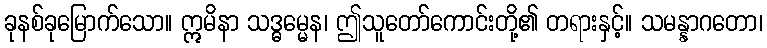
ခုနစ်ခုမြောက်သော။ ဣမိနာ သဒ္ဓမ္မေန၊ ဤသူတော်ကောင်းတို့၏ တရားနှင့်။ သမန္နာဂတော၊